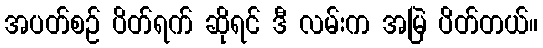
အပတ်စဉ် ပိတ်ရက် ဆိုရင် ဒီ လမ်းက အမြဲ ပိတ်တယ်။